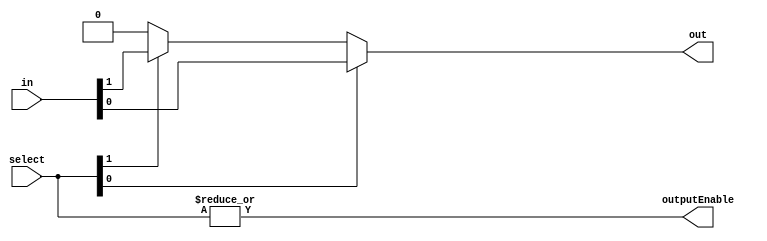
module Mux #(
		parameter WIDTH = 1,
		parameter INPUTS = 2,
		parameter DEFAULT = 'b0
	)(
		input wire[INPUTS-1:0] select,
		input wire[(WIDTH*INPUTS)-1:0] in,
		output reg[WIDTH-1:0] out,
		output wire outputEnable
	);
	
	generate
		if (INPUTS == 1) begin
			always @(*) begin
				case (1'b1)
					select[0]: out <= in[WIDTH-1:0];
					default: out <= DEFAULT;
				endcase
			end
		end else if (INPUTS == 2) begin
			always @(*) begin
				case (1'b1)
					select[0]: out <= in[WIDTH-1:0];
					select[1]: out <= in[(1 * WIDTH) + WIDTH - 1:1 * WIDTH];
					default: out <= DEFAULT;
				endcase
			end
		end else if (INPUTS == 3) begin
			always @(*) begin
				case (1'b1)
					select[0]: out <= in[WIDTH-1:0];
					select[1]: out <= in[(1 * WIDTH) + WIDTH - 1:1 * WIDTH];
					select[2]: out <= in[(2 * WIDTH) + WIDTH - 1:2 * WIDTH];
					default: out <= DEFAULT;
				endcase
			end
		end else if (INPUTS == 4) begin
			always @(*) begin
				case (1'b1)
					select[0]: out <= in[WIDTH-1:0];
					select[1]: out <= in[(1 * WIDTH) + WIDTH - 1:1 * WIDTH];
					select[2]: out <= in[(2 * WIDTH) + WIDTH - 1:2 * WIDTH];
					select[3]: out <= in[(3 * WIDTH) + WIDTH - 1:3 * WIDTH];
					default: out <= DEFAULT;
				endcase
			end
		end else if (INPUTS == 5) begin
			always @(*) begin
				case (1'b1)
					select[0]: out <= in[WIDTH-1:0];
					select[1]: out <= in[(1 * WIDTH) + WIDTH - 1:1 * WIDTH];
					select[2]: out <= in[(2 * WIDTH) + WIDTH - 1:2 * WIDTH];
					select[3]: out <= in[(3 * WIDTH) + WIDTH - 1:3 * WIDTH];
					select[4]: out <= in[(4 * WIDTH) + WIDTH - 1:4 * WIDTH];
					default: out <= DEFAULT;
				endcase
			end
		end else if (INPUTS == 6) begin
			always @(*) begin
				case (1'b1)
					select[0]: out <= in[WIDTH-1:0];
					select[1]: out <= in[(1 * WIDTH) + WIDTH - 1:1 * WIDTH];
					select[2]: out <= in[(2 * WIDTH) + WIDTH - 1:2 * WIDTH];
					select[3]: out <= in[(3 * WIDTH) + WIDTH - 1:3 * WIDTH];
					select[4]: out <= in[(4 * WIDTH) + WIDTH - 1:4 * WIDTH];
					select[5]: out <= in[(5 * WIDTH) + WIDTH - 1:5 * WIDTH];
					default: out <= DEFAULT;
				endcase
			end
		end else if (INPUTS == 7) begin
			always @(*) begin
				case (1'b1)
					select[0]: out <= in[WIDTH-1:0];
					select[1]: out <= in[(1 * WIDTH) + WIDTH - 1:1 * WIDTH];
					select[2]: out <= in[(2 * WIDTH) + WIDTH - 1:2 * WIDTH];
					select[3]: out <= in[(3 * WIDTH) + WIDTH - 1:3 * WIDTH];
					select[4]: out <= in[(4 * WIDTH) + WIDTH - 1:4 * WIDTH];
					select[5]: out <= in[(5 * WIDTH) + WIDTH - 1:5 * WIDTH];
					select[6]: out <= in[(6 * WIDTH) + WIDTH - 1:6 * WIDTH];
					default: out <= DEFAULT;
				endcase
			end
		end else if (INPUTS == 8) begin
			always @(*) begin
				case (1'b1)
					select[0]: out <= in[WIDTH-1:0];
					select[1]: out <= in[(1 * WIDTH) + WIDTH - 1:1 * WIDTH];
					select[2]: out <= in[(2 * WIDTH) + WIDTH - 1:2 * WIDTH];
					select[3]: out <= in[(3 * WIDTH) + WIDTH - 1:3 * WIDTH];
					select[4]: out <= in[(4 * WIDTH) + WIDTH - 1:4 * WIDTH];
					select[5]: out <= in[(5 * WIDTH) + WIDTH - 1:5 * WIDTH];
					select[6]: out <= in[(6 * WIDTH) + WIDTH - 1:6 * WIDTH];
					select[7]: out <= in[(7 * WIDTH) + WIDTH - 1:7 * WIDTH];
					default: out <= DEFAULT;
				endcase
			end
		end else begin
			// integer i;
			// always @(*) begin
			// 	for (i = 0; i < INPUTS; i = i + 1) begin
			// 		if (select[i]) out <= in[(i * WIDTH) + WIDTH - 1:i * WIDTH];
			// 	end
			// end
		end
	endgenerate

	assign outputEnable = |select;

endmodule